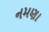
નમણા